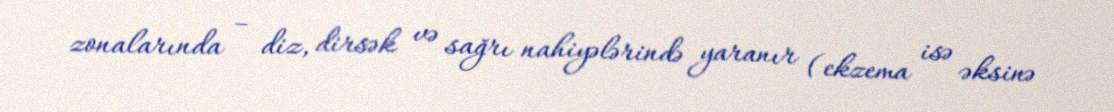
zonalarında – diz, dirsək və sağrı nahiyələrində yaranır (ekzema isə əksinə